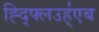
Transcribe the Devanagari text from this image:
ह्द्फ्लिउह्॑एब